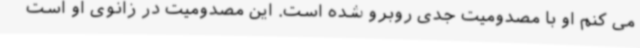
می کنم او با مصدومیت جدی روبرو شده است. این مصدومیت در زانوی او است